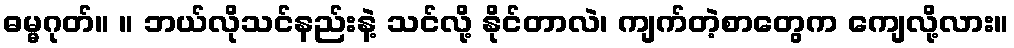
ဓမ္မဂုတ်။ ။ ဘယ်လိုသင်နည်းနဲ့ သင်လို့ နိုင်တာလဲ၊ ကျက်တဲ့စာတွေက ကျေလို့လား။